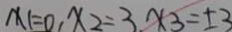
x _ { 1 } = 0 , x _ { 2 } = 3 x _ { 3 } = \pm 3